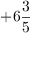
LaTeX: + 6 { \frac { 3 } { 5 } }